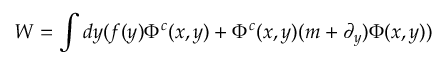
W = \int d y ( f ( y ) \Phi ^ { c } ( x , y ) + \Phi ^ { c } ( x , y ) ( m + \partial _ { y } ) \Phi ( x , y ) )